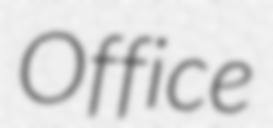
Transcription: Office